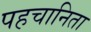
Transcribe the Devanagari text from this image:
पहचानिता